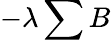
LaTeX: -\lambda\sum B